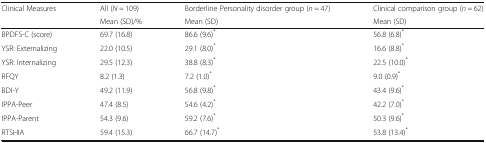
| <ROWSPAN=2> Clinical Measures | All (N = 109) | Borderline Personality disorder group (n = 47) | Clinical comparison group (n = 62) |
 | Mean (SD)/% | Mean (SD) | Mean (SD) |
 | --- | --- | --- | --- |
 | BPDFS-C (score) | 69.7 (16.8) | 86.6 (9.6)* | 56.8 (6.8)* |
 | YSR: Externalizing | 22.0 (10.5) | 29.1 (8.0)* | 16.6 (8.8)* |
 | YSR: Internalizing | 29.5 (12.3) | 38.8 (8.3)* | 22.5 (10.0)* |
 | RFQY | 8.2 (1.3) | 7.2 (1.0)* | 9.0 (0.9)* |
 | BDI-Y | 49.2 (11.9) | 56.8 (9.8)* | 43.4 (9.6)* |
 | IPPA-Peer | 47.4 (8.5) | 54.6 (4.2)* | 42.2 (7.0)* |
 | IPPA-Parent | 54.3 (9.6) | 59.2 (7.6)* | 50.3 (9.6)* |
 | RTSHIA | 59.4 (15.3) | 66.7 (14.7)* | 53.8 (13.4)* |